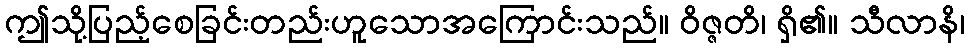
ဤသို့ပြည့်စေခြင်းတည်းဟူသောအကြောင်းသည်။ ဝိဇ္ဇတိ၊ ရှိ၏။ သီလာနိ၊